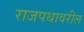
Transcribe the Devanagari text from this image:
राजपथावरील